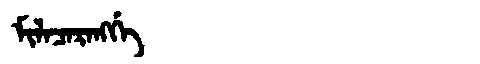
Manchu: ᠮᡳᠯᠠᠴᠠᡵᠠᠩᡤᡝ
Romanization: MILACARANGGE